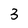
Character: 3